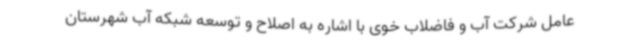
عامل شرکت آب و فاضلاب خوی با اشاره به اصلاح و توسعه شبکه آب شهرستان